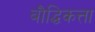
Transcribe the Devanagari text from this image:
बौद्धिकत्ता